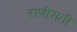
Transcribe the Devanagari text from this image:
राणीसती